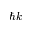
\hbar k